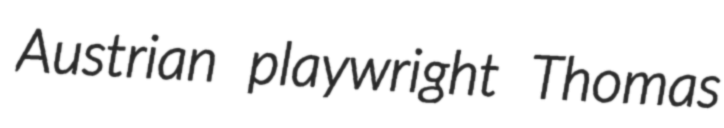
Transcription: Austrian playwright Thomas